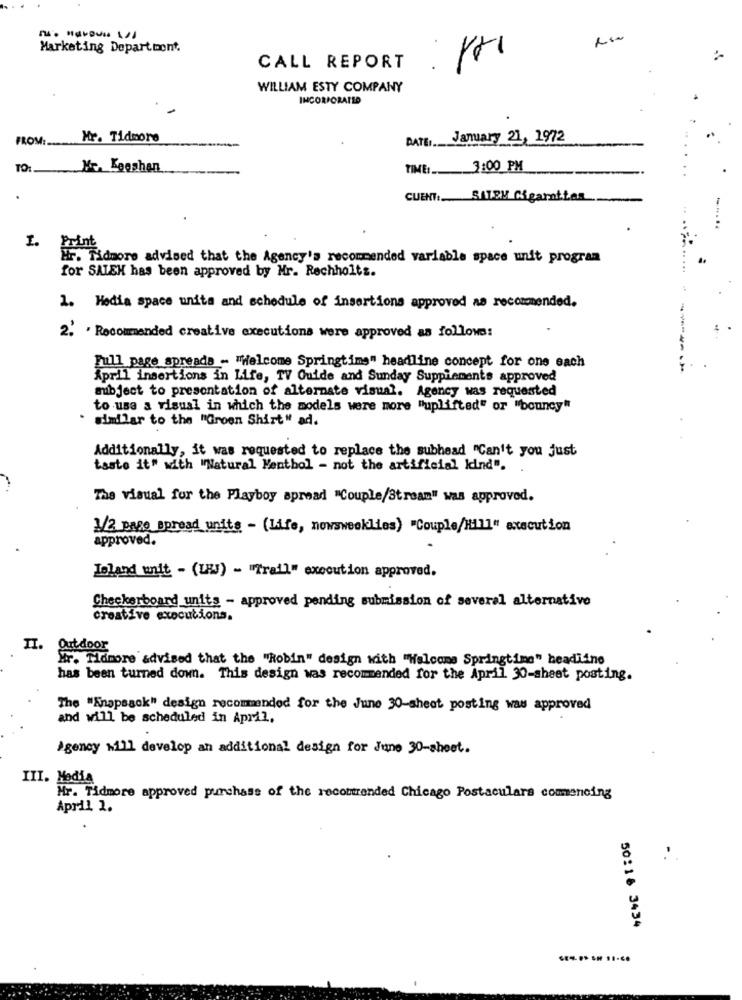
Marketing Department.
CALL REPORT
WILLIAM ESTY COMPANY
INCORPORATED
FROM:
Mr. Tidmore
January 21, 1972
DATE ...
TO:
Kr. Keeshan
TIME :..
3:00 PM
CUENT: SITEM Cigarantias
HF. Tidmore advised that the Agency's recommended variable space unit program
for SALEH has been approved by Mr. Rechholts.
1. Hedia space unita and schedule of insertions approved as recommended.
2.' ' Recommended creative executions were approved as follows:
Full page spreads - "Welcome Springtimg" headline concept for one each
April insertions in Life, TV Guide and Sunday Supplements approved
subject to presentation of alternate visual. Agency was requested
to use a visual in which the models were more "uplifted" or "bouncy"
similar to the "Groen Shirt" ad.
Additionally, it was requested to replace the subhead "Can't you just
taste it" with "Natural Mentbol - not the artificial kind".
The visual for the Playboy spread "Couple/Stream" was approved.
1/2 page spread units - (Life, newsweeklies) "Couple/Hill" execution
approved.
Island unit - (LEJ) - "Trail" execution approved.
Checkerboard units - approved pending submission of several alternative
creative executions.
II. Outdoor
Mr. Tidmore advised that the "Robin" design with "Welcome Springtime" headline
has been turned down. This design was recommended for the April 30-sheet posting.
The "Knapsack" design recommended for the June 30-sheet posting was approved
and will be scheduled in April.
Agency will develop an additional design for June 30-sheet.
III. Media
Mr. Tidmore approved purchase of the recomtrended Chicago Postaculars commencing
April 1.
-.
50:16 3434